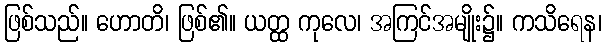
ဖြစ်သည်။ ဟောတိ၊ ဖြစ်၏။ ယတ္ထ ကုလေ၊ အကြင်အမျိုး၌။ ကသိရေန၊